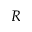
R